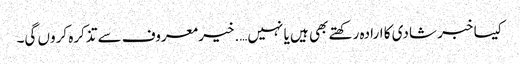
کیسا خبر شادی کا ارادہ رکھتے بھی ہیں یا نہیں….خیر معروف سے تذکرہ کروں گی۔